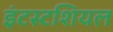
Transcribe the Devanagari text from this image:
इंटस्टशियल